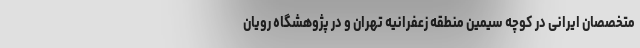
متخصصان ایرانی در کوچه سیمین منطقه زعفرانیه تهران و در پژوهشگاه رویان